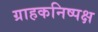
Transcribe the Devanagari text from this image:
ग्राहकनिष्पक्ष